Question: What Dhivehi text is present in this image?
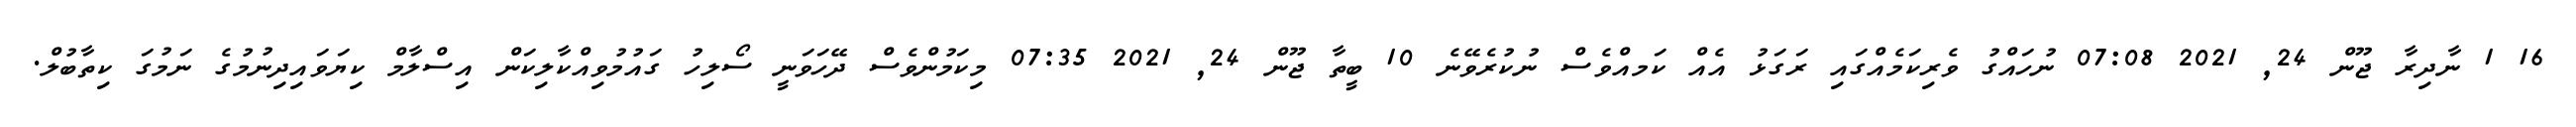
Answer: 16 1 ނާދިރާ ޖޫން 24, 2021 07:08 ނުހައްގު ވެރިކަމެއްގައި ރަގަޅު އެއް ކަމއްވެސް ނުކުރެވޭނެ 10 ބީތާ ޖޫން 24, 2021 07:35 މިކަމުންވެސް ދޭހަވަނީ ސޯލިހު ގައުމުވިއްކާލިކަން އިސްލާމް ކިޔަވައިދިނުމުގެ ނަމުގަ ކިތާބުލް.